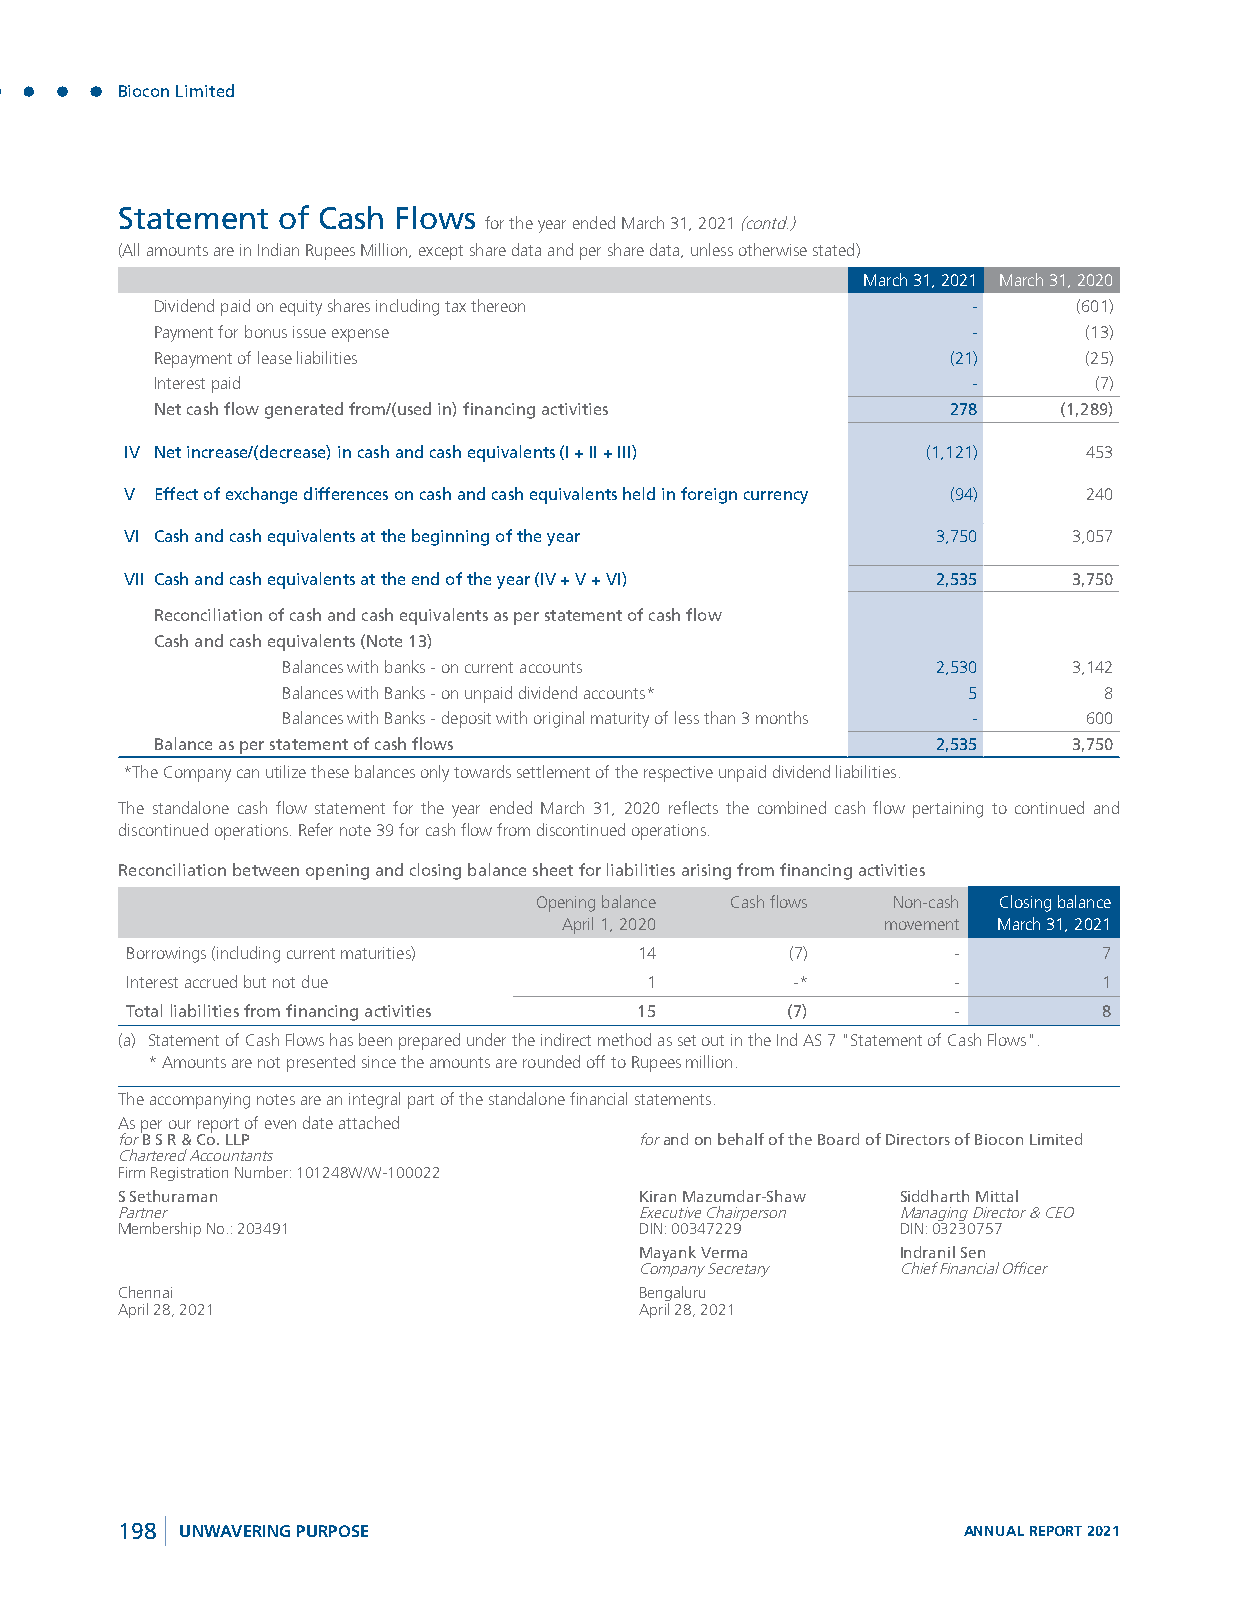
Biocon Limited
 Statement of Cash Flows
 for the year ended March 31, 2021 (contd.)
 (All amounts are in Indian Rupees Million, except share data and per share data, unless otherwise stated)
 March 31, 2021 March 31, 2020
 Dividend paid on equity shares including tax thereon  -      (601)
 Payment for bonus issue expense                       -       (13)
 Repayment of lease liabilities                       (21)     (25)
 Interest paid                                         -       (7)
 Net cash flow generated from/(used in) financing activities 278 (1,289)
 IV Net increase/(decrease) in cash and cash equivalents (I + II + III) (1,121) 453
 V Effect of exchange differences on cash and cash equivalents held in foreign currency (94) 240
 VI Cash and cash equivalents at the beginning of the year 3,750 3,057
 VII Cash and cash equivalents at the end of the year (IV + V + VI) 2,535 3,750
 Reconciliation of cash and cash equivalents as per statement of cash flow
 Cash and cash equivalents (Note 13)
 Balances with banks - on current accounts  2,530    3,142
 Balances with Banks - on unpaid dividend accounts* 5  8
 Balances with Banks - deposit with original maturity of less than 3 months - 600
 Balance as per statement of cash flows              2,535    3,750
 *The Company can utilize these balances only towards settlement of the respective unpaid dividend liabilities.
 The standalone cash flow statement for the year ended March 31, 2020 reflects the combined cash flow pertaining to continued and
 discontinued operations. Refer note 39 for cash flow from discontinued operations.
 Reconciliation between opening and closing balance sheet for liabilities arising from financing activities
 Opening balance Cash flows Non-cash Closing balance
 April 1, 2020        movement March 31, 2021
 Borrowings (including current maturities) 14 (7)       -         7
 Interest accrued but not due       1        -*         -         1
 Total liabilities from financing activities 15 (7)     -         8
 (a) Statement of Cash Flows has been prepared under the indirect method as set out in the Ind AS 7 "Statement of Cash Flows".
 * Amounts are not presented since the amounts are rounded off to Rupees million.
 The accompanying notes are an integral part of the standalone financial statements.
 As per our report of even date attached
 for B S R & Co. LLP               for and on behalf of the Board of Directors of Biocon Limited
 Chartered Accountants
 Firm Registration Number: 101248W/W-100022
 S Sethuraman                      Kiran Mazumdar-Shaw Siddharth Mittal
 Partner                           Executive Chairperson Managing Director & CEO
 Membership No.: 203491            DIN: 00347229     DIN: 03230757
 Mayank Verma      Indranil Sen
 Company Secretary Chief Financial Officer
 Chennai                           Bengaluru
 April 28, 2021                    April 28, 2021
 198 UNWAVERING PURPOSE                                  ANNUAL REPORT 2021